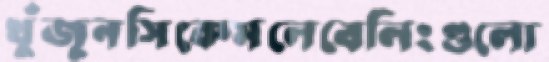
খুঁজুনসিকেমলেবেলিংগুলো